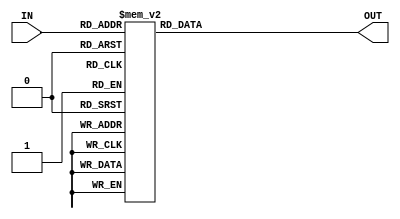
module hex_display(
	input [3:0] IN,
	output reg [6:0] OUT
	);
   always @(*)
	begin
		case(IN[3:0])
			4'b0000: OUT = 7'b1000000;
			4'b0001: OUT = 7'b1111001;
			4'b0010: OUT = 7'b0100100;
			4'b0011: OUT = 7'b0110000;
			4'b0100: OUT = 7'b0011001;
			4'b0101: OUT = 7'b0010010;
			4'b0110: OUT = 7'b0000010;
			4'b0111: OUT = 7'b1111000;
			4'b1000: OUT = 7'b0000000;
			4'b1001: OUT = 7'b0011000;
			4'b1010: OUT = 7'b0001000;
			4'b1011: OUT = 7'b0000011;
			4'b1100: OUT = 7'b1000110;
			4'b1101: OUT = 7'b0100001;
			4'b1110: OUT = 7'b0000110;
			4'b1111: OUT = 7'b0001110;
			default: OUT = 7'b0111111;
		endcase
	end
endmodule